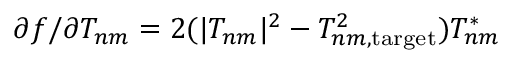
\partial f / \partial T _ { n m } = 2 ( | T _ { n m } | ^ { 2 } - T _ { n m , \mathrm { t a r g e t } } ^ { 2 } ) T _ { n m } ^ { * }